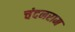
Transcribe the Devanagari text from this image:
चंदनराम